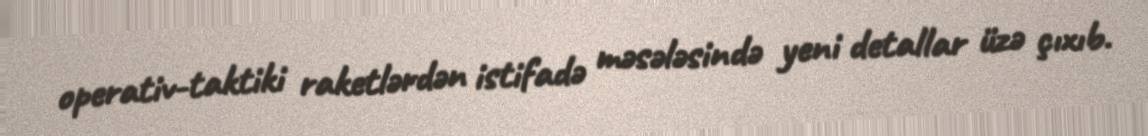
operativ-taktiki raketlərdən istifadə məsələsində yeni detallar üzə çıxıb.